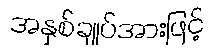
အနှစ်ချုပ်အားဖြင့်